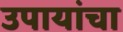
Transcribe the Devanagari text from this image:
उपायांचा